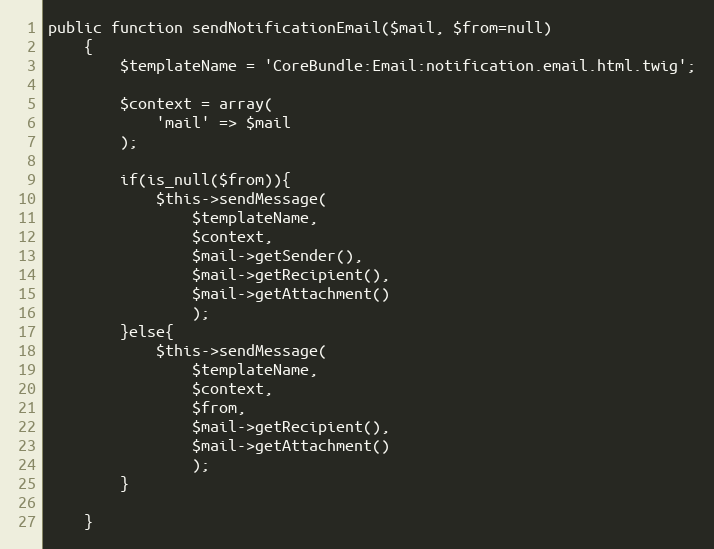
Language: PHP
public function sendNotificationEmail($mail, $from=null)
    {
        $templateName = 'CoreBundle:Email:notification.email.html.twig';

        $context = array(
            'mail' => $mail
        );

        if(is_null($from)){
            $this->sendMessage(
                $templateName,
                $context,
                $mail->getSender(),
                $mail->getRecipient(),
                $mail->getAttachment()
                );
        }else{
            $this->sendMessage(
                $templateName,
                $context,
                $from,
                $mail->getRecipient(),
                $mail->getAttachment()
                );
        }

    }